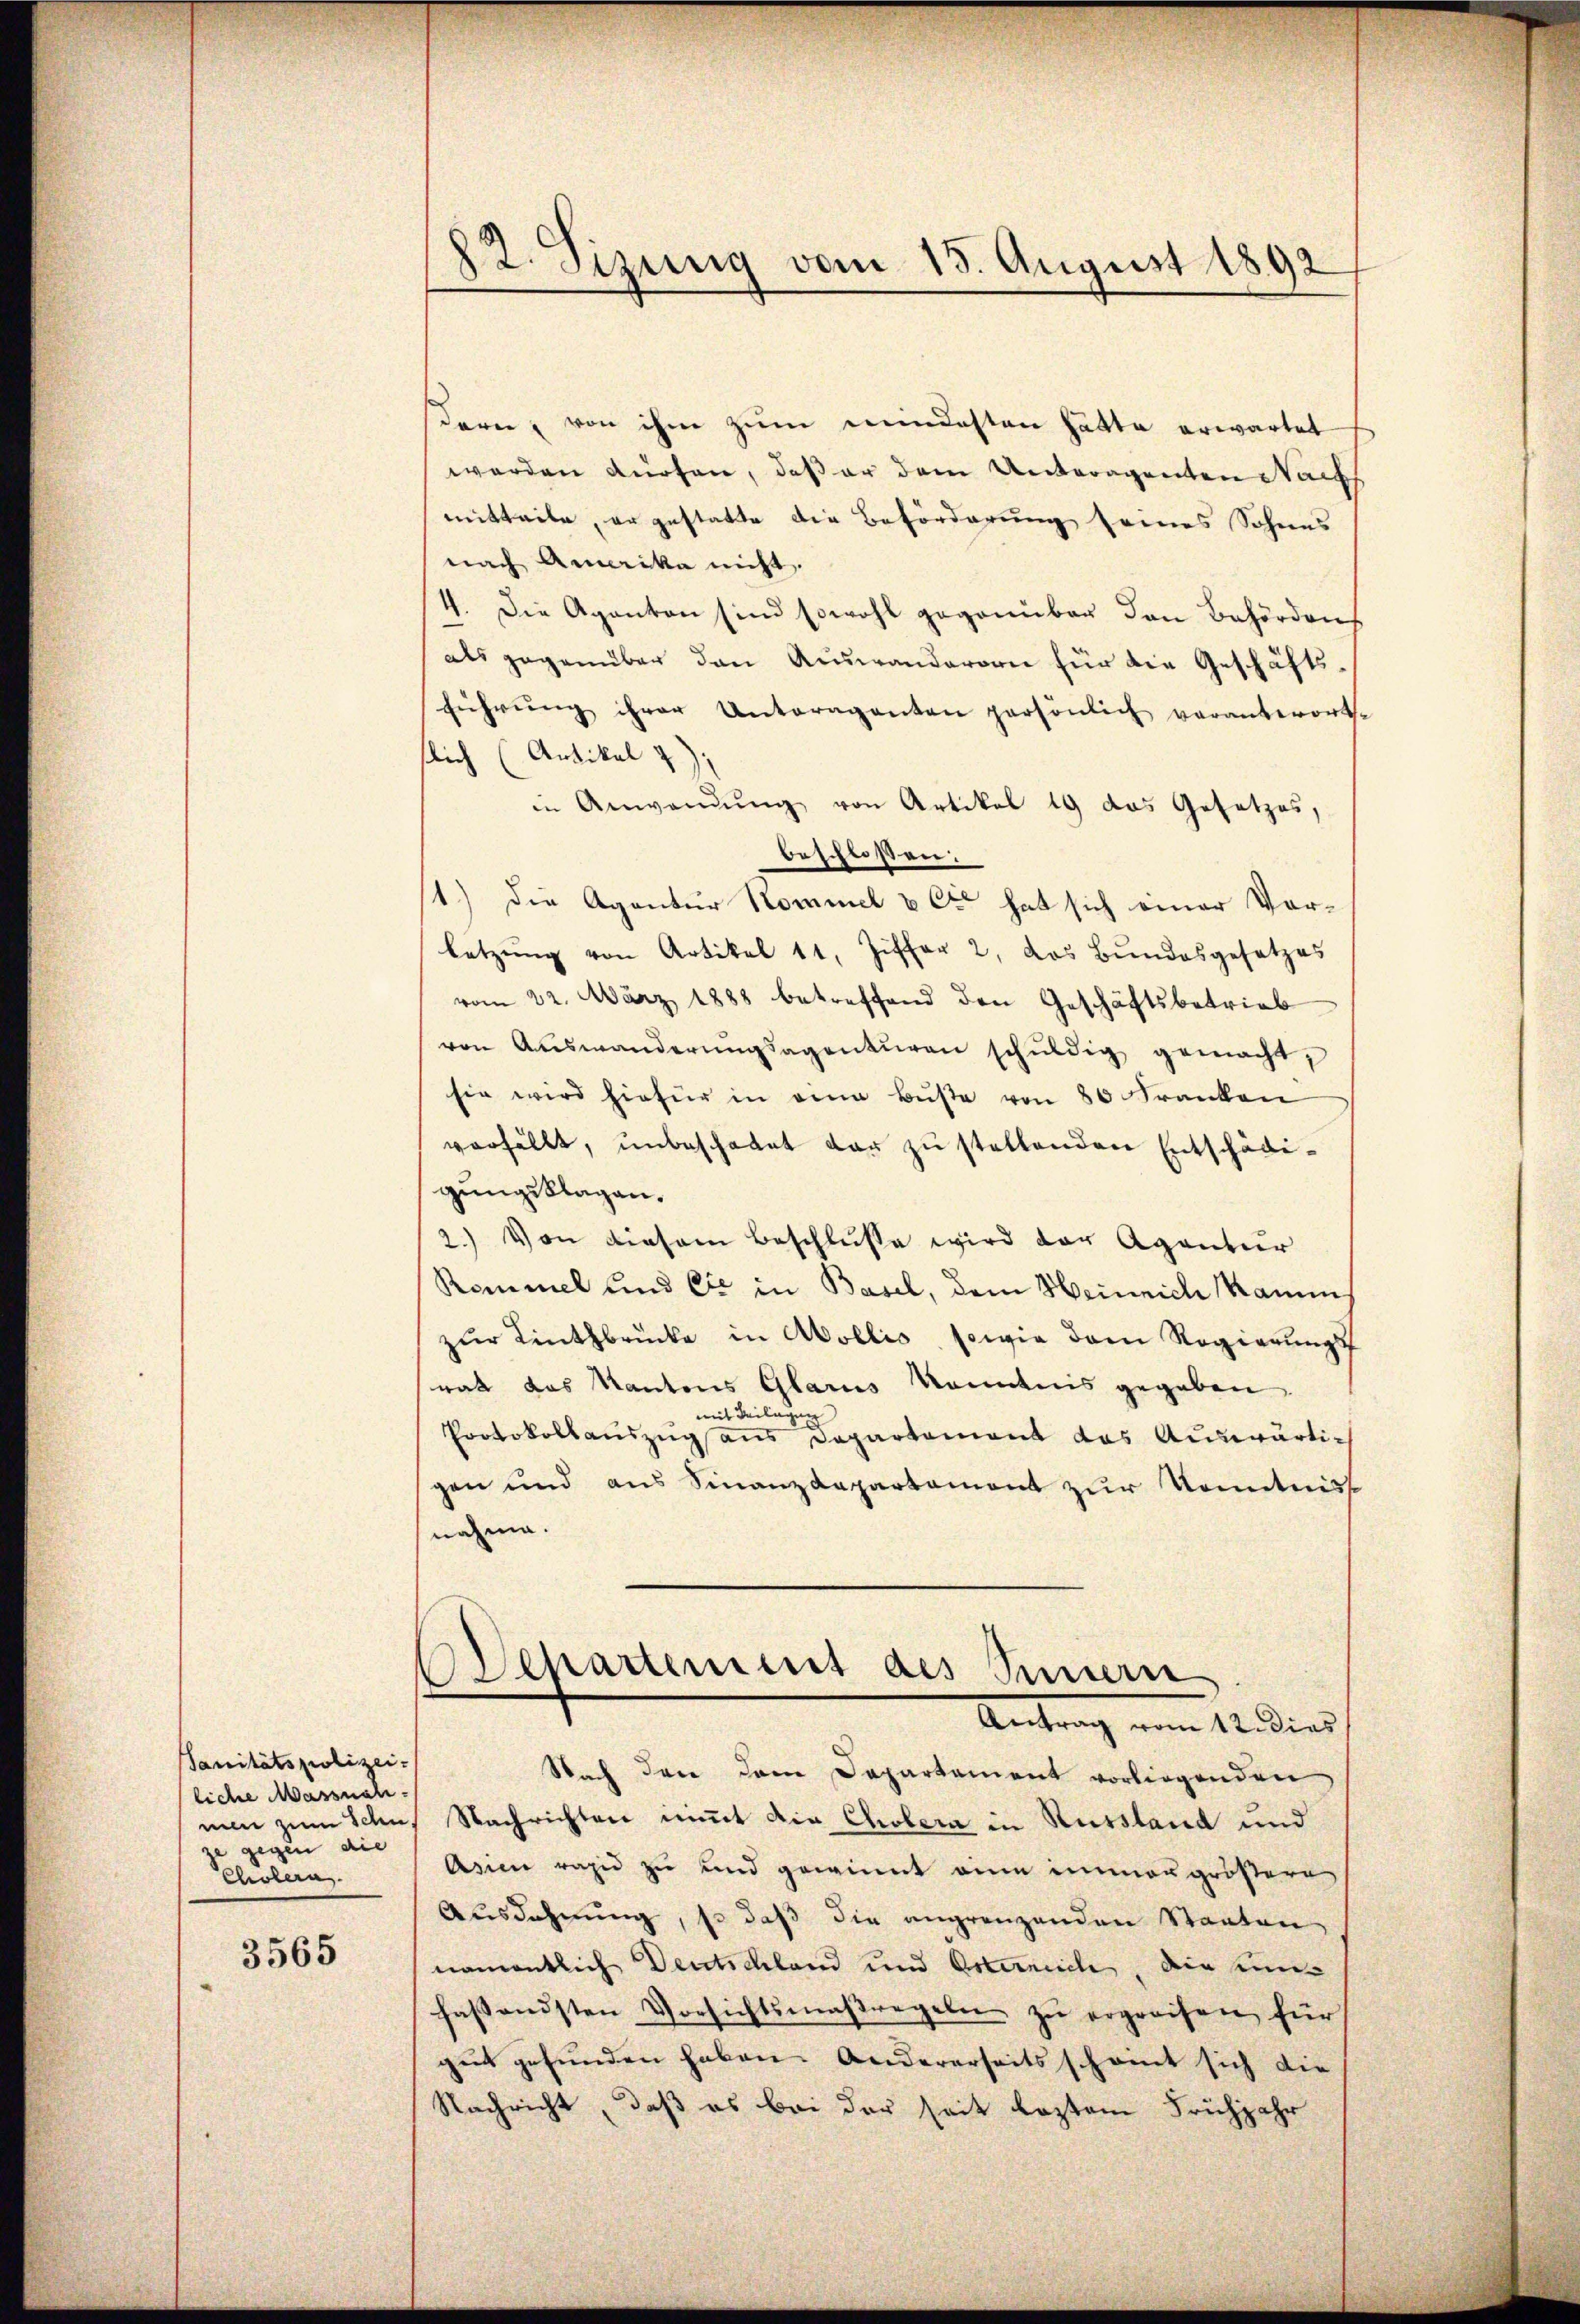
Sanitätspolizei-
liche Massnah
gegen die
Cholera.

3565

82. Sizung vom 18. August 1892

deren, von ihm zum meindesten hätte erwartet
werden dürfen, daß er dem Unteragenten Nachs
mitteile, er gestatte die Beförderung seines Sohnes
nach Amerika nicht
4. Die Aganton sind sowohl gegenüber den Behörden
als gegenüber den Auswanderern für die Geschäftsführŭng ihrer Antragenten persönlich verantwortse
flich (Artikel 7):
in Anwendŭng von Artikel 19 das Gesetzes,
beschloßen:
1.) Die Agentur Kommel & Cie hat sich einer Vorletzŭng von Artikel 11, Ziffer 2, das Bŭndesgesetzes
vom 22. März 1888 betreffend den Geschäftsbetrieb
von Auswanderŭngsagenturen schŭldig gemacht,
sie wird hiefür in eine Bŭβe von 80 Franken
verfällt, unbeschadet dar zu stellenden Entschädigungsklagen.
2.) Von diesem Beschluße wird der Agantier
Remmel und Cie in Basel, dem Heinrich Ramm
zŭr Linthbrücke in Abollis, sowie dem Regierŭngs
srat das Kantons Glarus Kenntnis gegeben.
mit Beilagen
Protokollauszug aus Departement das Auswärtigen und aus Finanzdepartement zur Kenntniss
nahme.
Departement des Sinnern
Antrag vom 12. dies
Nach der dem Departement vorliegenden
nen zum Schn, Nachrichten nimt die Cholera in Russland und
Asien rapid zu und gewinnt eine immergrößere
Ausdehnung, so daß die angrenzenden Staaten
namentlich Deutschland und Osterniche, die unfastandsten Vorsichtsmaßregeln zŭ ergreifen für
gut gefunden haben. Andererseits schont sich die
Nachricht, daß es bei der seit leztem Frühjahr